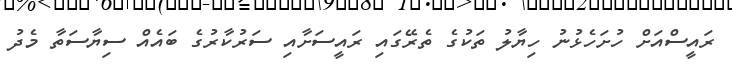
ރައީސްއަށް ހުށަހެޅުނު ހިޔާލު ތަކުގެ ތެރޭގައި ރައީސަށާއި ސަރުކާރުގެ ބައެއް ސިޔާސަތާ މެދު